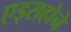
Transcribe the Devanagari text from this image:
एड्सहोने